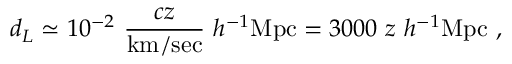
d _ { L } \simeq 1 0 ^ { - 2 } ~ { \frac { c z } { \mathrm { k m / s e c } } } ~ h ^ { - 1 } \mathrm { M p c } = 3 0 0 0 ~ z ~ h ^ { - 1 } \mathrm { M p c } ~ ,